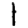
Digit: 1